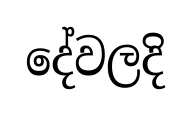
දේවලදි